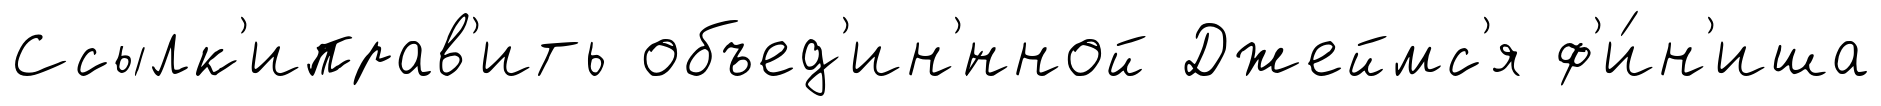
Ссылк'иправ'ить объед'ин'́нной Джеймс'я ф'и́н'иша